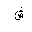
Letter: _shin